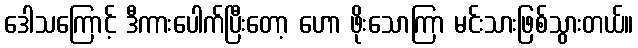
ဒေါသကြောင့် ဒီကားပေါက်ပြီးတော့ ဟော ဖိုးသောကြာ မင်းသားဖြစ်သွားတယ်။